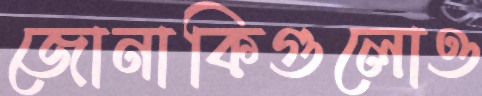
জোনাকিগুলোও